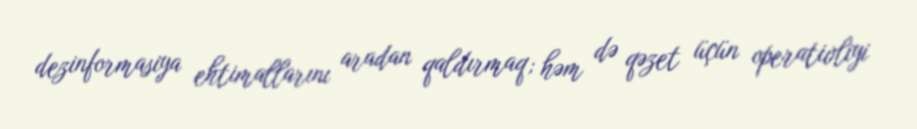
dezinformasiya ehtimallarını aradan qaldırmaq; həm də qəzet üçün operativliyi